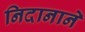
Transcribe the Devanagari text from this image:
निदानाने